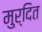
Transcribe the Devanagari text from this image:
मुर्दित